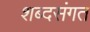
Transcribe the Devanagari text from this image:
शब्दसंगत